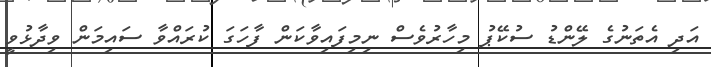
އަދި އެތަނުގެ ލޭންޑު ސުކޭޕު މިހާރުވެސް ނިމިފައިވާކަން ފާހަގަ ކުރައްވާ ސައިމަން ވިދާޅުވީ